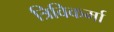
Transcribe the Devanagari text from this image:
त्रिविकर्मा